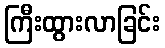
ကြီးထွားလာခြင်း